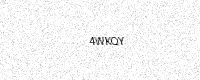
Text: 4WKQY